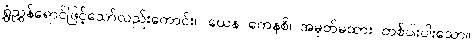
ရွှံညွှန်ရောင်ဖြင့်သော်လည်းကောင်း။ ယေန ကေနစိ၊ အမှတ်မထား တစ်ပါးပါးသော။